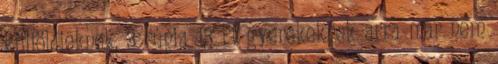
külföldieknek, 3 rúpia 13 Ft gyerekeknek arra már nem